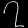
Digit: ၇